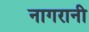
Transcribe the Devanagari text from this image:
नागरानी